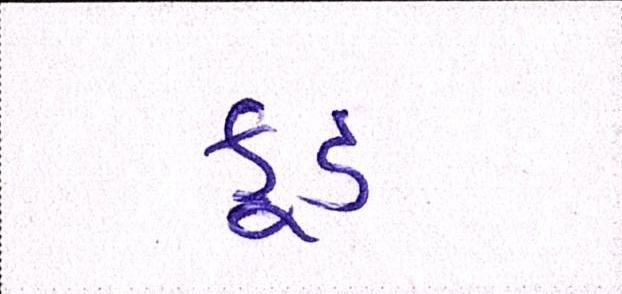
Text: ફુડ